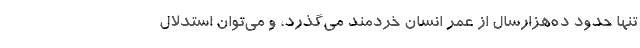
تنها حدود ده‌هزارسال از عمر انسان خردمند می‌گذرد، و می‌توان استدلال